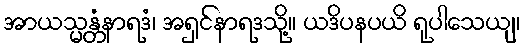
အာယသ္မန္တံနာရဒံ၊ အရှင်နာရဒသို့။ ယဒိပနပယိ ရုပါသေယျ၊